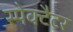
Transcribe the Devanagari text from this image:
स्पेक्टैटर